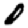
Digit: 0